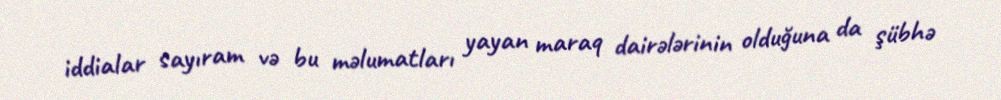
iddialar sayıram və bu məlumatları yayan maraq dairələrinin olduğuna da şübhə